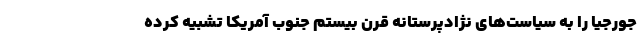
جورجیا را به سیاست‌های نژادپرستانه قرن بیستم جنوب آمریکا تشبیه کرده